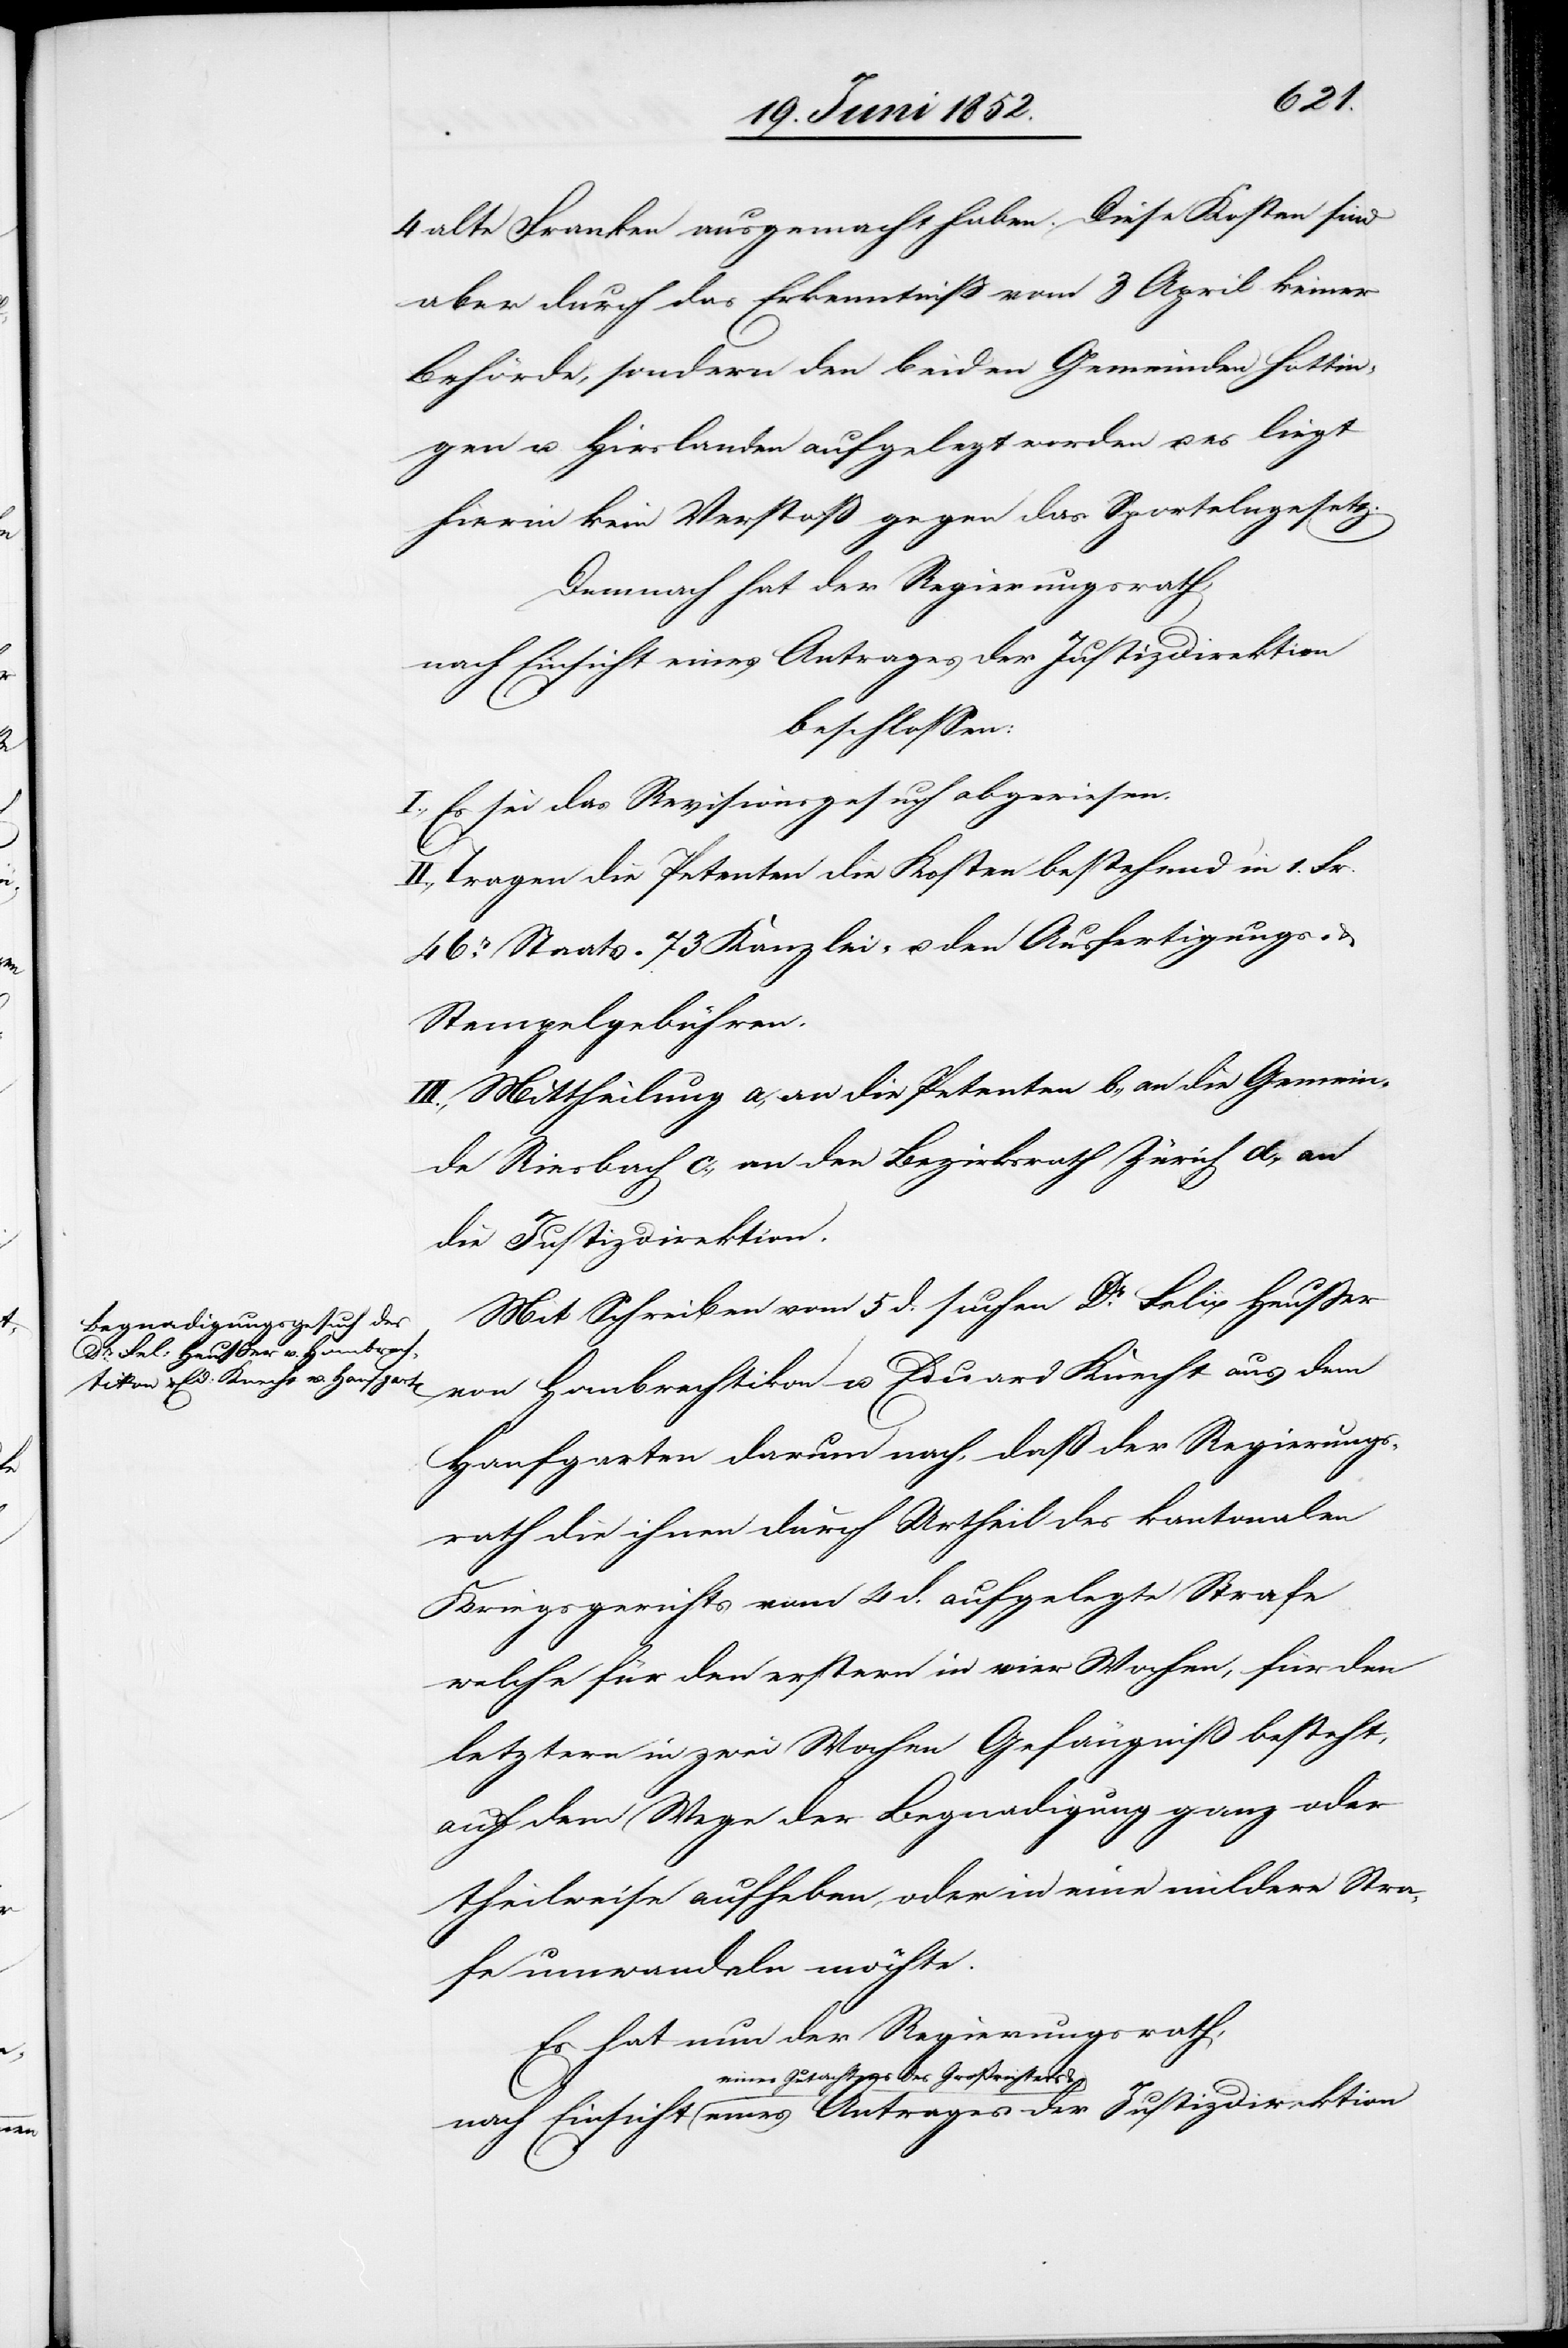
eines

4 alte Franken ausgemacht haben. Diese Kosten sind
aber durch das Erkenntniß vom 3 April keiner
Behörde, sondern den beiden Gemeinden Hottin¬
gen u. Hirslanden aufgelegt worden u. es liegt
hierin kein Verstoß gegen das Sportelngesetz.
Demnach hat der Regierungsrath,
nach Einsicht eines Antrages der Justizdirektion
beschlossen:
I., Es sei das Revisionsgesuch abgewiesen.
II., Tragen die Petenten die Kosten bestehend in 1 Fr.
46r. Staats-[,] 73 Kanzlei- u. den Ausfertigungs-
Stempelgebühren.
III., Mittheilung a, an die Petenten b., an die Gemein¬
de Riesbach c., an den Bezirksrath Zürich d., an
der Justizdirektion
Mit Schreiben vom 5 d. suchen Dr. Felix Heußer
von Hombrechtikon u. Eduard Knecht aus dem
Hanfgarten darum nach, daß der Regierungs¬
rath die ihnen durch Urtheil des kantonalen
Kriegsgerichts vom 4 d. aufgelegte Strafe
welche für den erstern in vier Wochen, für den
letztern in zwei Wochen Gefängniß besteht,
auf dem Wege der Begnadigung ganz oder
theilweise aufheben, oder in eine mildere Stra¬
fe umwandeln möchte.
Es hat nun der Regierungsrath,
eines Gutachtens des Großrichters &